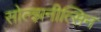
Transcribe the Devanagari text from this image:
सोल्झ़नीत्सिन